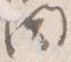
聞